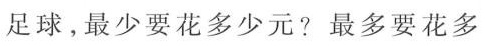
足球。最少要花多少元？最多要花多